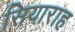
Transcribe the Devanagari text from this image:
सियाराह